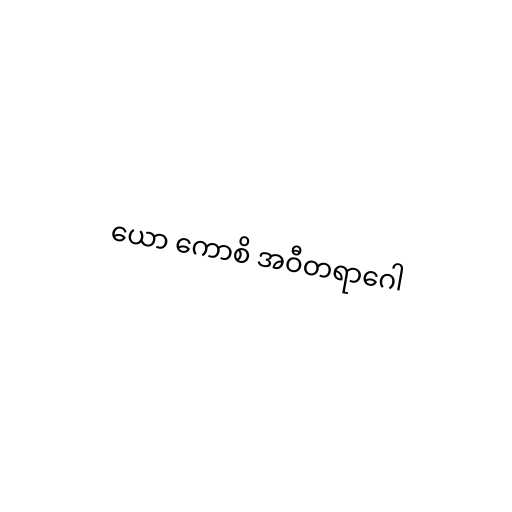
ယော ကောစိ အဝီတရာဂေါ